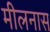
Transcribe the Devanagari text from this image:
मीलनास